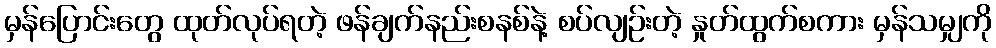
မှန်ပြောင်းတွေ ထုတ်လုပ်ရတဲ့ ဖန်ချက်နည်းစနစ်နဲ့ စပ်လျဉ်းတဲ့ နှုတ်ထွက်စကား မှန်သမျှကို